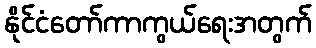
နိုင်ငံတော်ကာကွယ်ရေးအတွက်